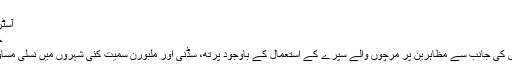
بچوں مزید پڑھیں
آسٹریلوی مظاہرین نے حکومت کو ہلا دیا
جون 13, 2020 June 13, 2020
آسٹریلوی حکومت کے انتباہ اور پولیس کی جانب سے مظاہرین پر مرچوں والے سپرے کے استعمال کے باوجود پرتھ، سڈنی اور ملبورن سمیت کئی شہروں میں نسلی مساوات کے لیے مظاہرے کیے گئے ہیں۔